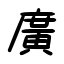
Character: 廣